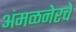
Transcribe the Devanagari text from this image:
अंमळनेरचे